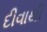
દીવાથી